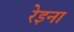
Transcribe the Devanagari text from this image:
रेइना